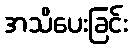
အသိပေးခြင်း